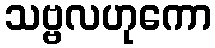
သဗ္ဗလဟုကော